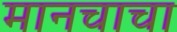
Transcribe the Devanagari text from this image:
मानचाचा